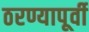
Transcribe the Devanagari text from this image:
ठरण्यापूर्वी